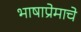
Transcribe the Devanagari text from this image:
भाषाप्रेमाचे